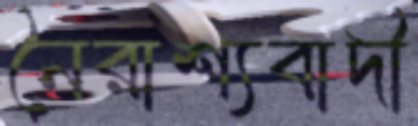
নৈরাশ্যবাদী